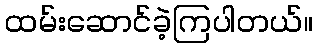
ထမ်းဆောင်ခဲ့ကြပါတယ်။